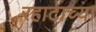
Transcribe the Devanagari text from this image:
रहाटाच्या